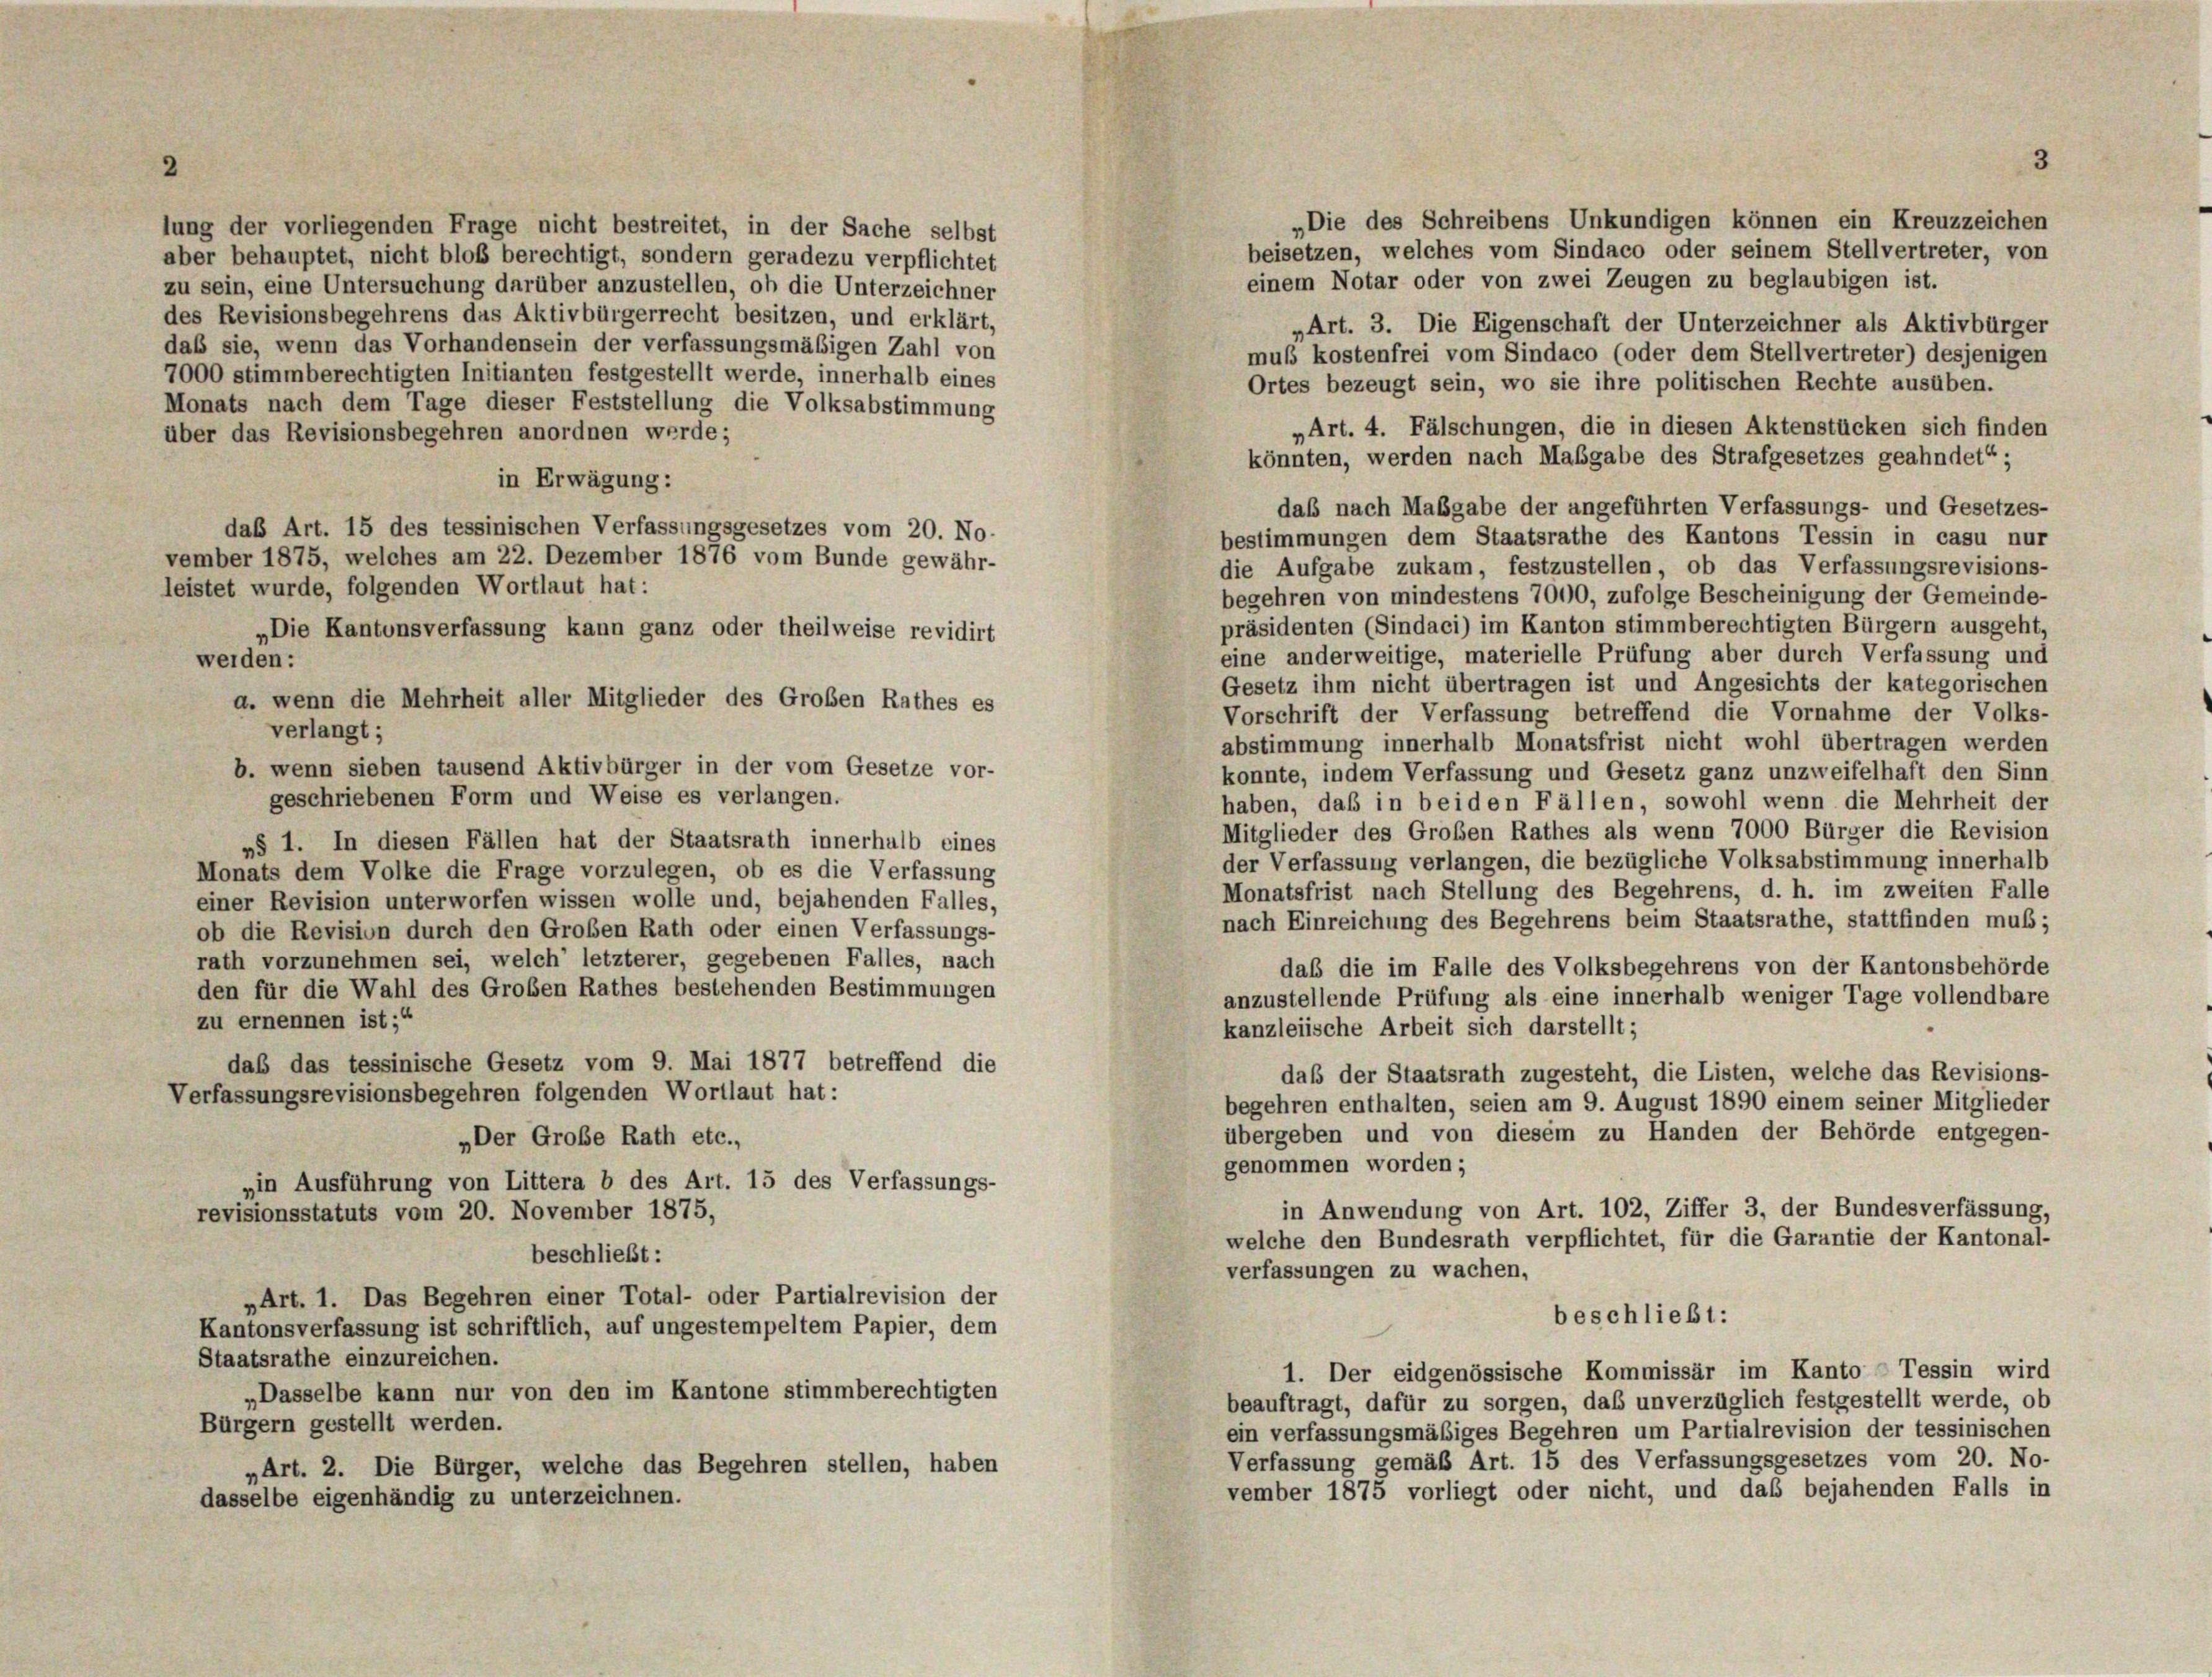
lung der vorliegenden Frage nicht bestreitet, in der Sache selbst
aber behauptet, nicht bloß berechtigt, sondern geradezu verpflichtet
zu sein, eine Untersuchung darüber anzustellen, ob die Unterzeichner
des Revisionsbegehrens das Aktivbürgerrecht besitzen, und erklärt,

„Die des Schreibens Unkundigen können ein Kreuzzeichen
beisetzen, welches vom Sindaco oder seinem Stellvertreter, von
einem Notar oder von zwei Zeugen zu beglaubigen ist.
„Art. 3. Die Eigenschaft der Unterzeichner als Aktivbürger
daß sie, wenn das Vorhandensein der verfassungsmäßigen Zahl von
mus kostenfrei vom Sindaco (oder dem Stellvertreter) desjenigen
7000 stimmberechtigten Initianten festgestellt werde, innerhalb eines
Ortes bezeugt sein, wo sie ihre politischen Rechte ausüben.
Monats nach dem Tage dieser Feststellung die Volksabstimmung
„Art. 4. Fälschungen, die in diesen Aktenstücken sich finden
über das Revisionsbegehren anordnen werde;
könnten, werden nach Maßgabe des Strafgesetzes geahndet“ ;
in Erwägung:
daß nach Maßgabe der angeführten Verfassungs- und Gesetzes-
daß Art. 15 des tessinischen Verfassungsgesetzes vom 20. No-
bestimmungen dem Staatsrathe des Kantons Tessin in casu nur
vember 1875, welches am 22. Dezember 1876 vom Bunde gewähr-
die Aufgabe zukam, festzustellen, ob das Verfassungsrevisions-
leistet wurde, folgenden Wortlaut hat:
begehren von mindestens 7000, zufolge Bescheinigung der Gemeinde-
präsidenten (Sindaci) im Kanton stimmberechtigten Bürgern ausgeht
„Die Kantonsverfassung kann ganz oder theilweise revidirt
eine anderweitige, materielle Prüfung aber durch Verfassung und
weiden:
Gesetz ihm nicht übertragen ist und Angesichts der kategorischen
a. wenn die Mehrheit aller Mitglieder des Großen Rathes es
Vorschrift der Verfassung betreffend die Vornahme der Volks-
verlangt;
abstimmung innerhalb Monatsfrist nicht wohl übertragen werden
b. wenn sieben tausend Aktivbürger in der vom Gesetze vor-
konnte, indem Verfassung und Gesetz ganz unzweifelhaft den Sinn
geschriebenen Form und Weise es verlangen.
haben, daß in beiden Fällen, sowohl wenn die Mehrheit der
Mitglieder des Großen Rathes als wenn 7000 Bürger die Revision
»§ 1. In diesen Fällen hat der Staatsrath innerhalb eines
der Verfassung verlangen, die bezügliche Volksabstimmung innerhalb
Monats dem Volke die Frage vorzulegen, ob es die Verfassung
Monatsfrist nach Stellung des Begehrens, d. h. im zweiten Falle
einer Revision unterworfen wissen wolle und, bejahenden Falles,
nach Einreichung des Begehrens beim Staatsrathe, stattfinden muß;
ob die Revision durch den Großen Rath oder einen Verfassungs-
rath vorzunehmen sei, welch’ letzterer, gegebenen Falles, nach
daß die im Falle des Volksbegehrens von der Kantonsbehörde
den für die Wahl des Großen Rathes bestehenden Bestimmungen
anzustellende Prüfung als eine innerhalb weniger Tage vollendbare
zu ernennen ist;“
kanzleiische Arbeit sich darstellt;
das das tessinische Gesetz vom 9. Mai 1877 betreffend die
daß der Staatsrath zugesteht, die Listen, welche das Revisions-
Verfassungsrevisionsbegehren folgenden Wortlaut hat:
begehren enthalten, seien am 9. August 1890 einem seiner Mitglieder
übergeben und von diesem zu Handen der Behörde entgegen-
„Der Große Rath etc.,
genommen worden;
„in Ausführung von Littera b des Art. 15 des Verfassungs-
in Anwendung von Art. 102, Ziffer 3, der Bundesverfassung,
revisionsstatuts vom 20. November 1875,
welche den Bundesrath verpflichtet, für die Garantie der Kantonal-
beschließt:
verfassungen zu wachen,
„Art. 1. Das Begehren einer Total- oder Partialrevision der
beschließt:
Kantonsverfassung ist schriftlich, auf ungestempeltem Papier, dem
Staatsrathe einzureichen.
1. Der eidgenössische Kommissär im Kanto Tessin wird
„Dasselbe kann nur von den im Kantone stimmberechtigten
beauftragt, dafür zu sorgen, daß unverzüglich festgestellt werde, ob
Bürgern gestellt werden.
ein verfassungsmäßiges Begehren um Partialrevision der tessinischen
Verfassung gemäß Art. 15 des Verfassungsgesetzes vom 20. No-
„Art. 2. Die Bürger, welche das Begehren stellen, haben
vember 1875 vorliegt oder nicht, und das bejahenden Falls in
dasselbe eigenhändig zu unterzeichnen.